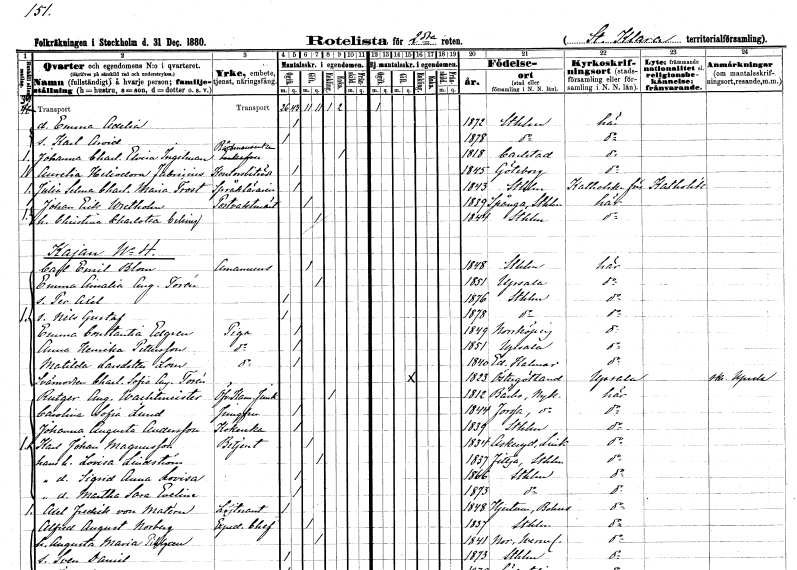
gt_parse: households: individuals: FN: Emma Adelia
KON: K
CIV: O
FODAR: 1872
FODFORS: Stockholm
FN: Karl Arvid
KON: M
CIV: O
FODAR: 1878
FODFORS: Stockholm
FN: Johanna Charlotta Elvira
EN: Ingelman
YRKE: Rådmansänka
KON: K
CIV: E
FODAR: 1818
FODFORS: Karlstad Värmlands län
FN: Aurelia Heliodora
EN: Fabricius
YRKE: Kontorsbiträde
KON: K
CIV: O
FODAR: 1845
FODFORS: Göteborg Göteborgs- och Bohuslän
FN: Julia Selma Charlotta Maria
EN: Trost
YRKE: Språklärarinna
KON: K
CIV: O
FODAR: 1843
FODFORS: Stockholm
FN: Johan Erik
EN: Wretholm
YRKE: Postvaktmästare
KON: M
CIV: G
FODAR: 1839
FODFORS: Spånga Stockholms län
FN: Christina Charlotta
EN: Celsing
KON: K
CIV: G
FODAR: 1844
FODFORS: Stockholm
FN: Carl Emil
EN: Blom
YRKE: Amanuens
KON: M
CIV: G
FODAR: 1848
FODFORS: Stockholm
FN: Emma Amalia Augusta
EN: Torén
KON: K
CIV: G
FODAR: 1851
FODFORS: Uppsala Uppsala län
FN: Per Axel
KON: M
CIV: O
FODAR: 1876
FODFORS: Stockholm
FN: Nils Gustaf
KON: M
CIV: O
FODAR: 1878
FODFORS: Stockholm
FN: Emma Constantia
EN: Edgren
YRKE: Piga
KON: K
CIV: O
FODAR: 1849
FODFORS: Norrköping Östergötlands län
FN: Anna Henrika
EN: Pettersson
YRKE: Piga
KON: K
CIV: O
FODAR: 1851
FODFORS: Uppsala Uppsala län
FN: Matilda
EN: Larsdotter Lom
YRKE: Piga
KON: K
CIV: O
FODAR: 1840
FODFORS: Ed Kalmar län
FN: Charlotta Sofia Augusta
EN: Torén
KON: K
CIV: G
FODAR: 1823
FODFORS: Linköpings Sankt Lars Östergötlands län
FN: Rutger August
EN: Wachtmeister
YRKE: Överstekammarjunkare
KON: M
CIV: E
FODAR: 1812
FODFORS: Bärbo Södermanlands län
FN: Carolina Sofia
EN: Lund
YRKE: Jungfru
KON: K
CIV: O
FODAR: 1844
FODFORS: Forssa Södermanlands län
FN: Johanna Augusta
EN: Andersson
YRKE: Kokerska
KON: K
CIV: O
FODAR: 1839
FODFORS: Stockholm
FN: Karl Johan
EN: Magnusson
YRKE: Betjänt
KON: M
CIV: G
FODAR: 1834
FODFORS: Askeryd Jönköpings län
FN: Lovisa
EN: Lindström
KON: K
CIV: G
FODAR: 1837
FODFORS: Fittja Uppsala län
FN: Sigrid Anna Lovisa
KON: K
CIV: O
FODAR: 1866
FODFORS: Stockholm
FN: Martha Sara Eveline
KON: K
CIV: O
FODAR: 1873
FODFORS: Stockholm
FN: Axel Fredrik
EN: von Matérn
YRKE: Löjtnant
KON: M
CIV: O
FODAR: 1848
FODFORS: Hjärtum Älvsborgs län